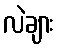
လဲချား